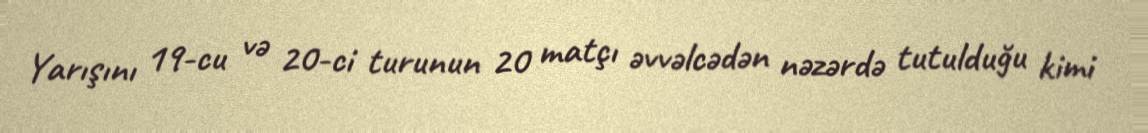
Yarışını 19-cu və 20-ci turunun 20 matçı əvvəlcədən nəzərdə tutulduğu kimi